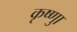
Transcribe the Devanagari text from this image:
कृष्णाु